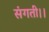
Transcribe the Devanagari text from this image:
संगती।।